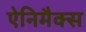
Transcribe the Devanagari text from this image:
ऐनिमैक्स